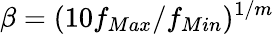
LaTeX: \beta=(10f_{Max}/f_{Min})^{1/m}